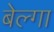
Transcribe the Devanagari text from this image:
बेल्गा